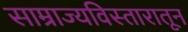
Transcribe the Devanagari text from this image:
साम्राज्यविस्तारातून